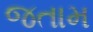
જતામ